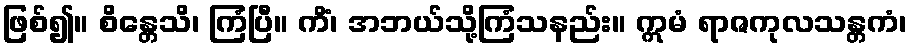
ဖြစ်၍။ စိန္တေသိ၊ ကြံပြီ။ ကိံ၊ အဘယ်သို့ကြံသနည်း။ ဣမံ ရာဇကုလသန္တကံ၊